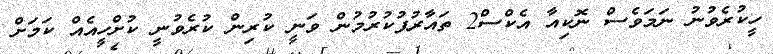
ހީކުރެވުނު ނަމަވެސް ނޮކިއާ އެކްސް2 ތައާރުފުކުރުމުން ވަނީ ކުރިން ކުރެވުނީ ކުށްހީއެއް ކަމަށް